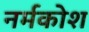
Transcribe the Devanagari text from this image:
नर्मकोश